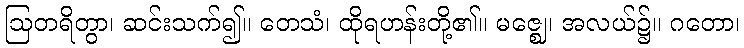
ဩတရိတွာ၊ ဆင်းသက်၍။ တေသံ၊ ထိုရဟန်းတို့၏။ မဇ္ဈေ၊ အလယ်၌။ ဂတော၊